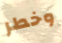
وخطر